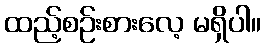
ထည့်စဉ်းစားလေ့ မရှိပါ။